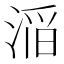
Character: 㴞